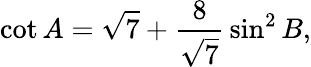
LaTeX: \cot A={\sqrt{7}}+{\frac{8}{\sqrt{7}}}\sin^{2}B,